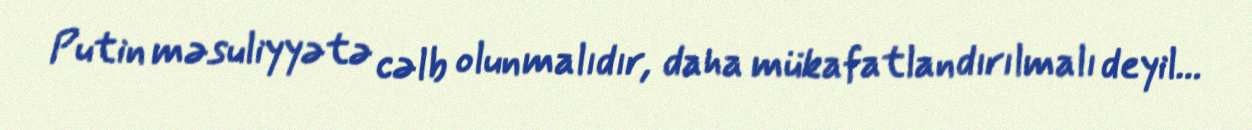
Putin məsuliyyətə cəlb olunmalıdır, daha mükafatlandırılmalı deyil...